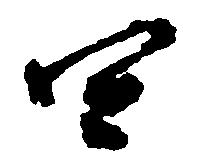
四